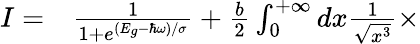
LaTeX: \begin{array}{rl}{I=}&{{}\frac{1}{1+e^{(E_{g}-\hbar\omega)/\sigma}}+\frac{b}{2}\int_{0}^{+\infty}dx\frac{1}{\sqrt{x^{3}}}\times}\end{array}